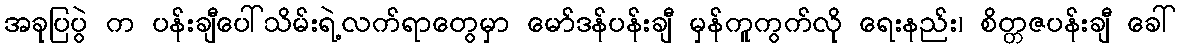
အခုပြပွဲ က ပန်းချီပေါ်သိမ်းရဲ့လက်ရာတွေမှာ မော်ဒန်ပန်းချီ မှန်ကူကွက်လို ရေးနည်း၊ စိတ္တဇပန်းချီ ခေါ်